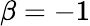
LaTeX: \beta=-1